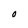
Character: O